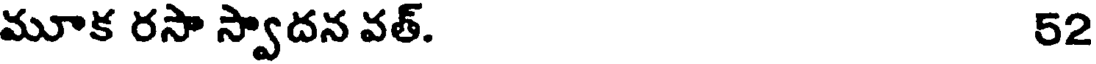
మూక రసా స్వాదన వత్. 52